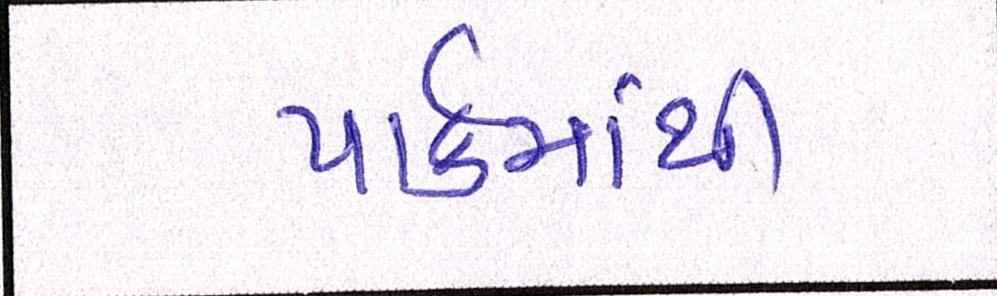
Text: પાર્કમાંથી